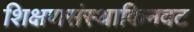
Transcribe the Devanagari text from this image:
शिक्षणसंस्थाकिनवट